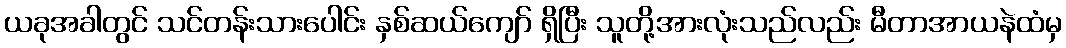
ယခုအခါတွင် သင်တန်းသားပေါင်း နှစ်ဆယ်ကျော် ရှိပြီး သူတို့အားလုံးသည်လည်း မီတာအာယနဲထံမှ